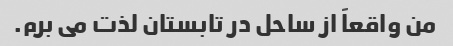
من واقعاً از ساحل در تابستان لذت می برم.